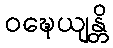
ဝဍ္ဎေယျန္တိ